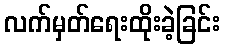
လက်မှတ်ရေးထိုးခဲ့ခြင်း